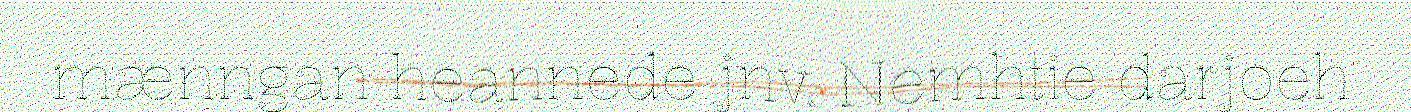
mænngan heannede jnv. Nemhtie darjoeh